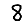
Digit: 8